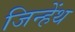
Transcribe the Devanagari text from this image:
जिन्हेंथ